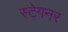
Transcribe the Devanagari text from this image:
स्टेगनर